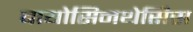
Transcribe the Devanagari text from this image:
बायोसिनथेसिस